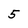
Character: 5